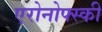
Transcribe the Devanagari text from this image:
एरोनोफ्स्की